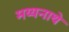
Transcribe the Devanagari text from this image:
मय्यनाथे